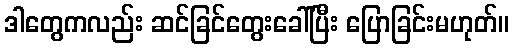
ဒါတွေကလည်း ဆင်ခြင်တွေးခေါ်ပြီး ပြောခြင်းမဟုတ်။